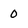
Character: 0